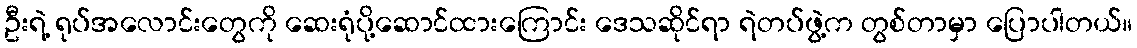
ဦးရဲ့ ရုပ်အလောင်းတွေကို ဆေးရုံပို့ဆောင်ထားကြောင်း ဒေသဆိုင်ရာ ရဲတပ်ဖွဲ့က တွစ်တာမှာ ပြောပါတယ်။